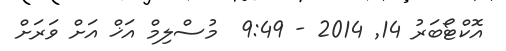
އޮކްޓޯބަރު 14